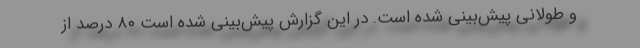
و طولانی پیش‌بینی شده است. در این گزارش پیش‌بینی شده است ۸۰ درصد از